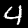
Label: 4